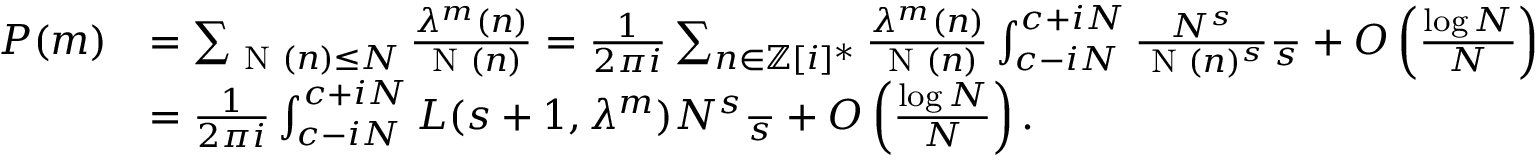
\begin{array} { r l } { P ( m ) } & { = \sum _ { \textnormal { N } ( n ) \leq N } \frac { \lambda ^ { m } ( n ) } { \textnormal { N } ( n ) } = \frac { 1 } { 2 \pi i } \sum _ { n \in \mathbb { Z } [ i ] ^ { * } } \frac { \lambda ^ { m } ( n ) } { \textnormal { N } ( n ) } \int _ { c - i N } ^ { c + i N } \frac { N ^ { s } } { \textnormal { N } ( n ) ^ { s } } \frac { \d s } { s } + O \left( \frac { \log N } { N } \right) } \\ & { = \frac { 1 } { 2 \pi i } \int _ { c - i N } ^ { c + i N } L ( s + 1 , \lambda ^ { m } ) N ^ { s } \frac { \d s } { s } + O \left( \frac { \log N } { N } \right) . } \end{array}